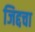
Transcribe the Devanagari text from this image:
जिद्दचा